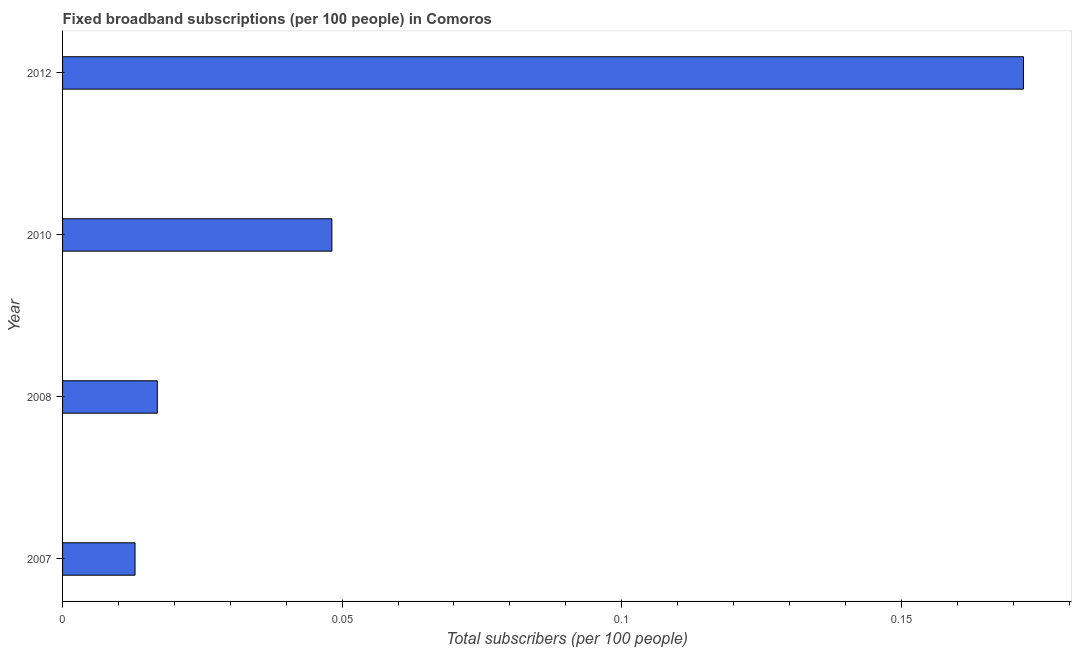
| Year | Fixed broadband subscriptions (per 100 people) |
 | --- | --- |
 | 2007 | 0.013 |
 | 2008 | 0.0169 |
 | 2010 | 0.0482 |
 | 2012 | 0.172 |